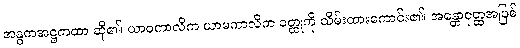
အန္ဓကအဋ္ဌကထာ ဆို၏၊ ယာဝကာလိက ယာမကာလိက ဝတ္ထုကို သိမ်းထားကောင်း၏၊ အန္တောဝုတ္ထအပြစ်